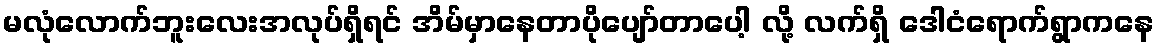
မလုံလောက်ဘူးလေးအလုပ်ရှိရင် အိမ်မှာနေတာပိုပျော်တာပေါ့ လို့ လက်ရှိ ဒေါငံရောက်ရွာကနေ